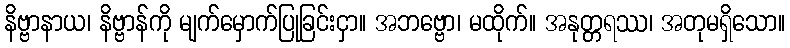
နိဗ္ဗာနာယ၊ နိဗ္ဗာန်ကို မျက်မှောက်ပြုခြင်းငှာ။ အဘဗ္ဗော၊ မထိုက်။ အနုတ္တရဿ၊ အတုမရှိသော။